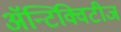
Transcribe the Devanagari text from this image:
अॅन्टिक्विटीज